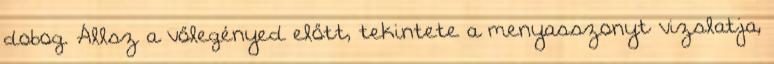
dobog. Állsz a vőlegényed előtt, tekintete a menyasszonyt vizslatja,